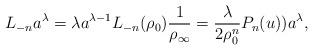
LaTeX: \begin{gather*}L_{-n}a^{\lambda}=\lambda a^{\lambda-1}L_{-n}(\rho_0)\frac1{\rho_{\infty}}=\frac{\lambda}{2\rho_0^n}P_n(u))a^{\lambda},\end{gather*}